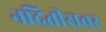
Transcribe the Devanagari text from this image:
नदितीरावर